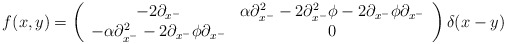
\begin{align*}f(x,y)= \left(\begin{array}{cc}-2\partial_{x^-} & \alpha\partial_{x^-}^2 - 2\partial_{x^-}^2\phi - 2\partial_{x^-}\phi\partial_{x^-} \\-\alpha\partial_{x^-}^2 - 2\partial_{x^-}\phi\partial_{x^-} & 0\end{array}\right) \delta(x-y)\end{align*}